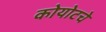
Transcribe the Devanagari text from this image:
कोयोटचे